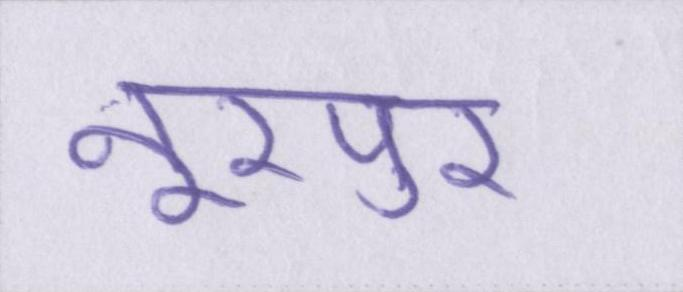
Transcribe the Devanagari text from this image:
नूरपुर